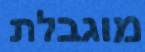
מוגבלת